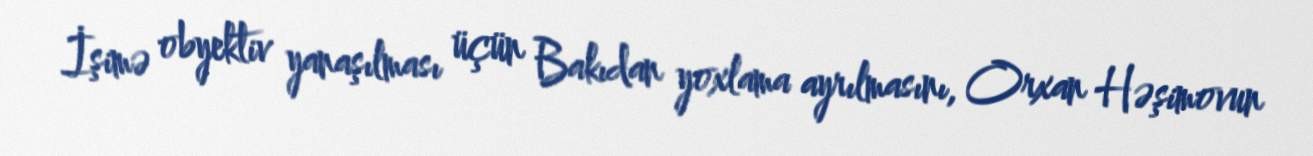
İşimə obyektiv yanaşılması üçün Bakıdan yoxlama ayrılmasını, Orxan Həşimovun